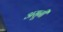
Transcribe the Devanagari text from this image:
असूनी